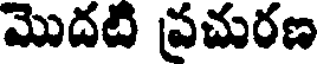
మొదటి ప్రచురణ